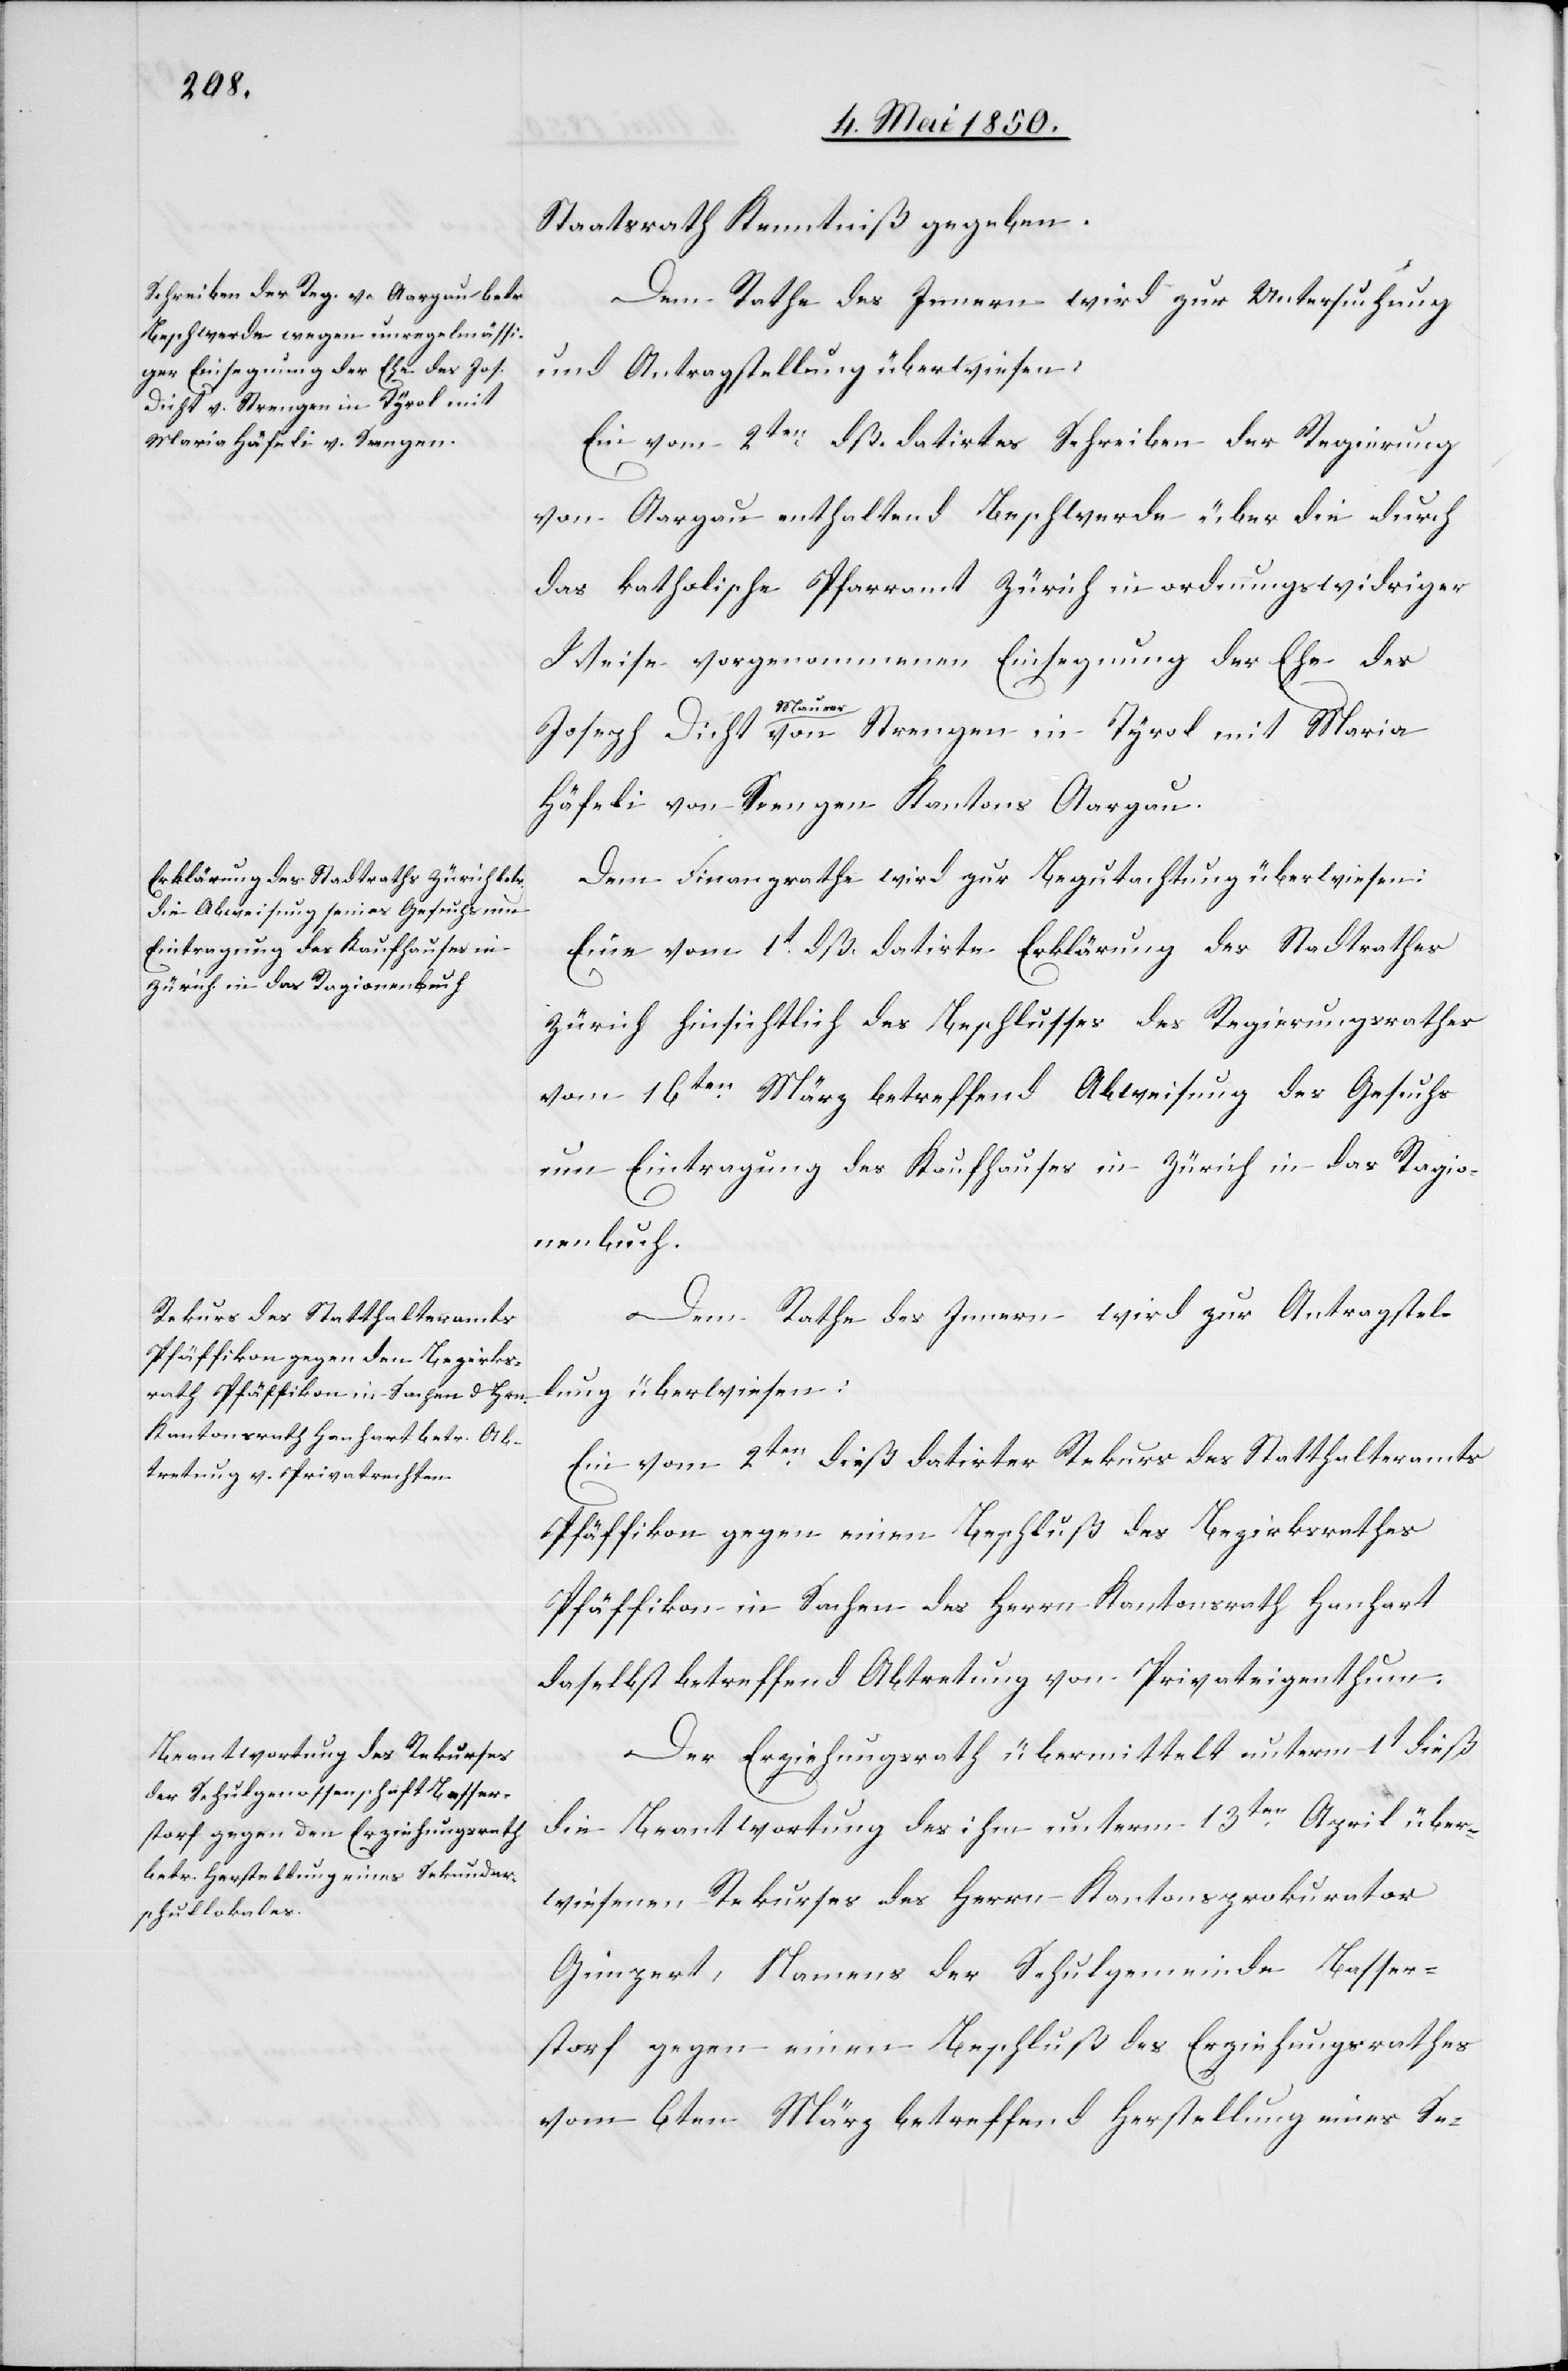
Staatsrath Kenntniß gegeben.
Dem Rathe des Innern wird zur Untersuchung
und Antragstellung überwiesen:
Ein vom 2ten dß. datirtes Schreiben der Regierung
von Aargau enthaltend Beschwerde über die durch
das katholische Pfarramt Zürich in ordnungswidriger
Weise vorgenommenen Einsegnung der Ehe des
Maria
Häfeli von Seengen Kantons Aargau.
Dem Finanzrathe wird zur Begutachtung überwiesen:
Eine vom 1t dß. datirte Erklärung des Stadtrathes
vom 16ten März betreffend Abweisung des Gesuchs
um Eintragung des Kaufhauses in Zürich in das Ragio¬
nenbuch.
Dem Rathe des Innern wird zur Antragstel¬
lung überwiesen:
Ein vom 2ten dieß datirter Rekurs des Statthalteramts
Pfäffikon gegen einen Beschluß des Bezirksrathes
Pfäffikon in Sachen des Herrn Kantonsrath Hanhart
daselbst betreffend Abtretung von Privateigenthum.
Der Erziehungsrath übermittelt unterm 1t dieß
die Beantwortung des ihm unterm 13ten April über¬
wiesenen Rekurses des Herrn Kantonsprokurator
Gimpert, Namens der Schulgemeinde Basser¬
storf gegen einen Beschluß des Erziehungsrathes
vom 6ten März betreffend Herstellung eines Se-